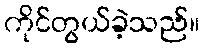
ကိုင်တွယ်ခဲ့သည်။